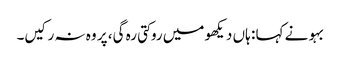
بہو نے کہا : ہاں دیکھو میں روکتی رہ گی، پر وہ نہ رکیں۔